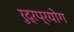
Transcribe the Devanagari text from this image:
रुद्रप्रयोग